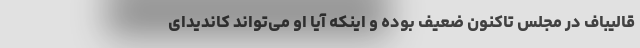
قالیباف در مجلس تاکنون ضعیف بوده و اینکه آیا او می‌تواند کاندیدای